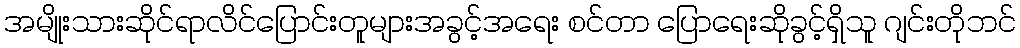
အမျိုးသားဆိုင်ရာလိင်ပြောင်းတူများအခွင့်အရေး စင်တာ ပြောရေးဆိုခွင့်ရှိသူ ဂျင်းတိုဘင်